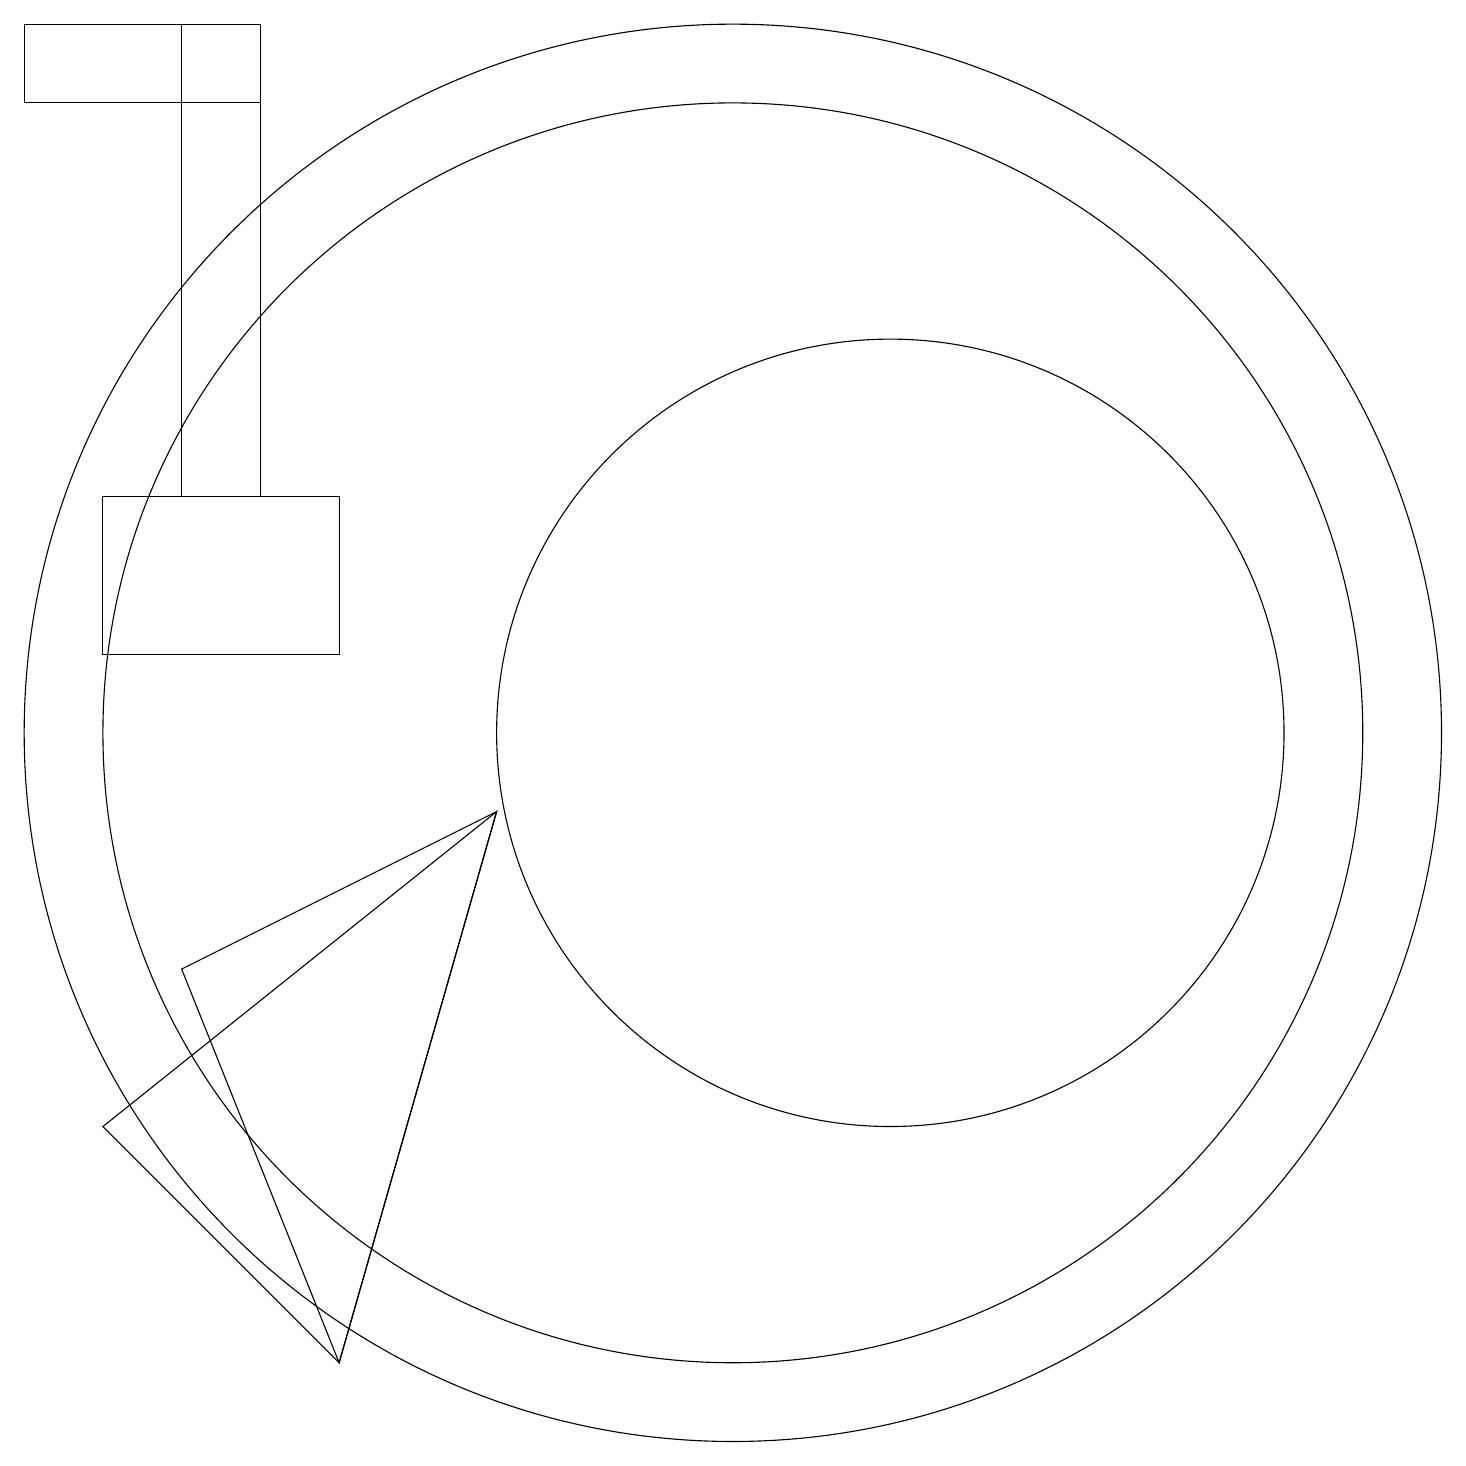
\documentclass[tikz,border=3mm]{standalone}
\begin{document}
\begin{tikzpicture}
\draw (12,10) circle (5);
\draw (4,13) rectangle (3,19);
\draw (1,19) rectangle (4,18);
\draw (10,10) circle (9);
\draw (2,5) -- (5,2) -- (7,9) -- cycle;
\draw (3,7) -- (5,2) -- (7,9) -- cycle;
\draw (10,10) circle (8);
\draw (2,13) rectangle (5,11);
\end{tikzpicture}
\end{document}